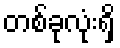
တစ်ခုလုံးရှိ